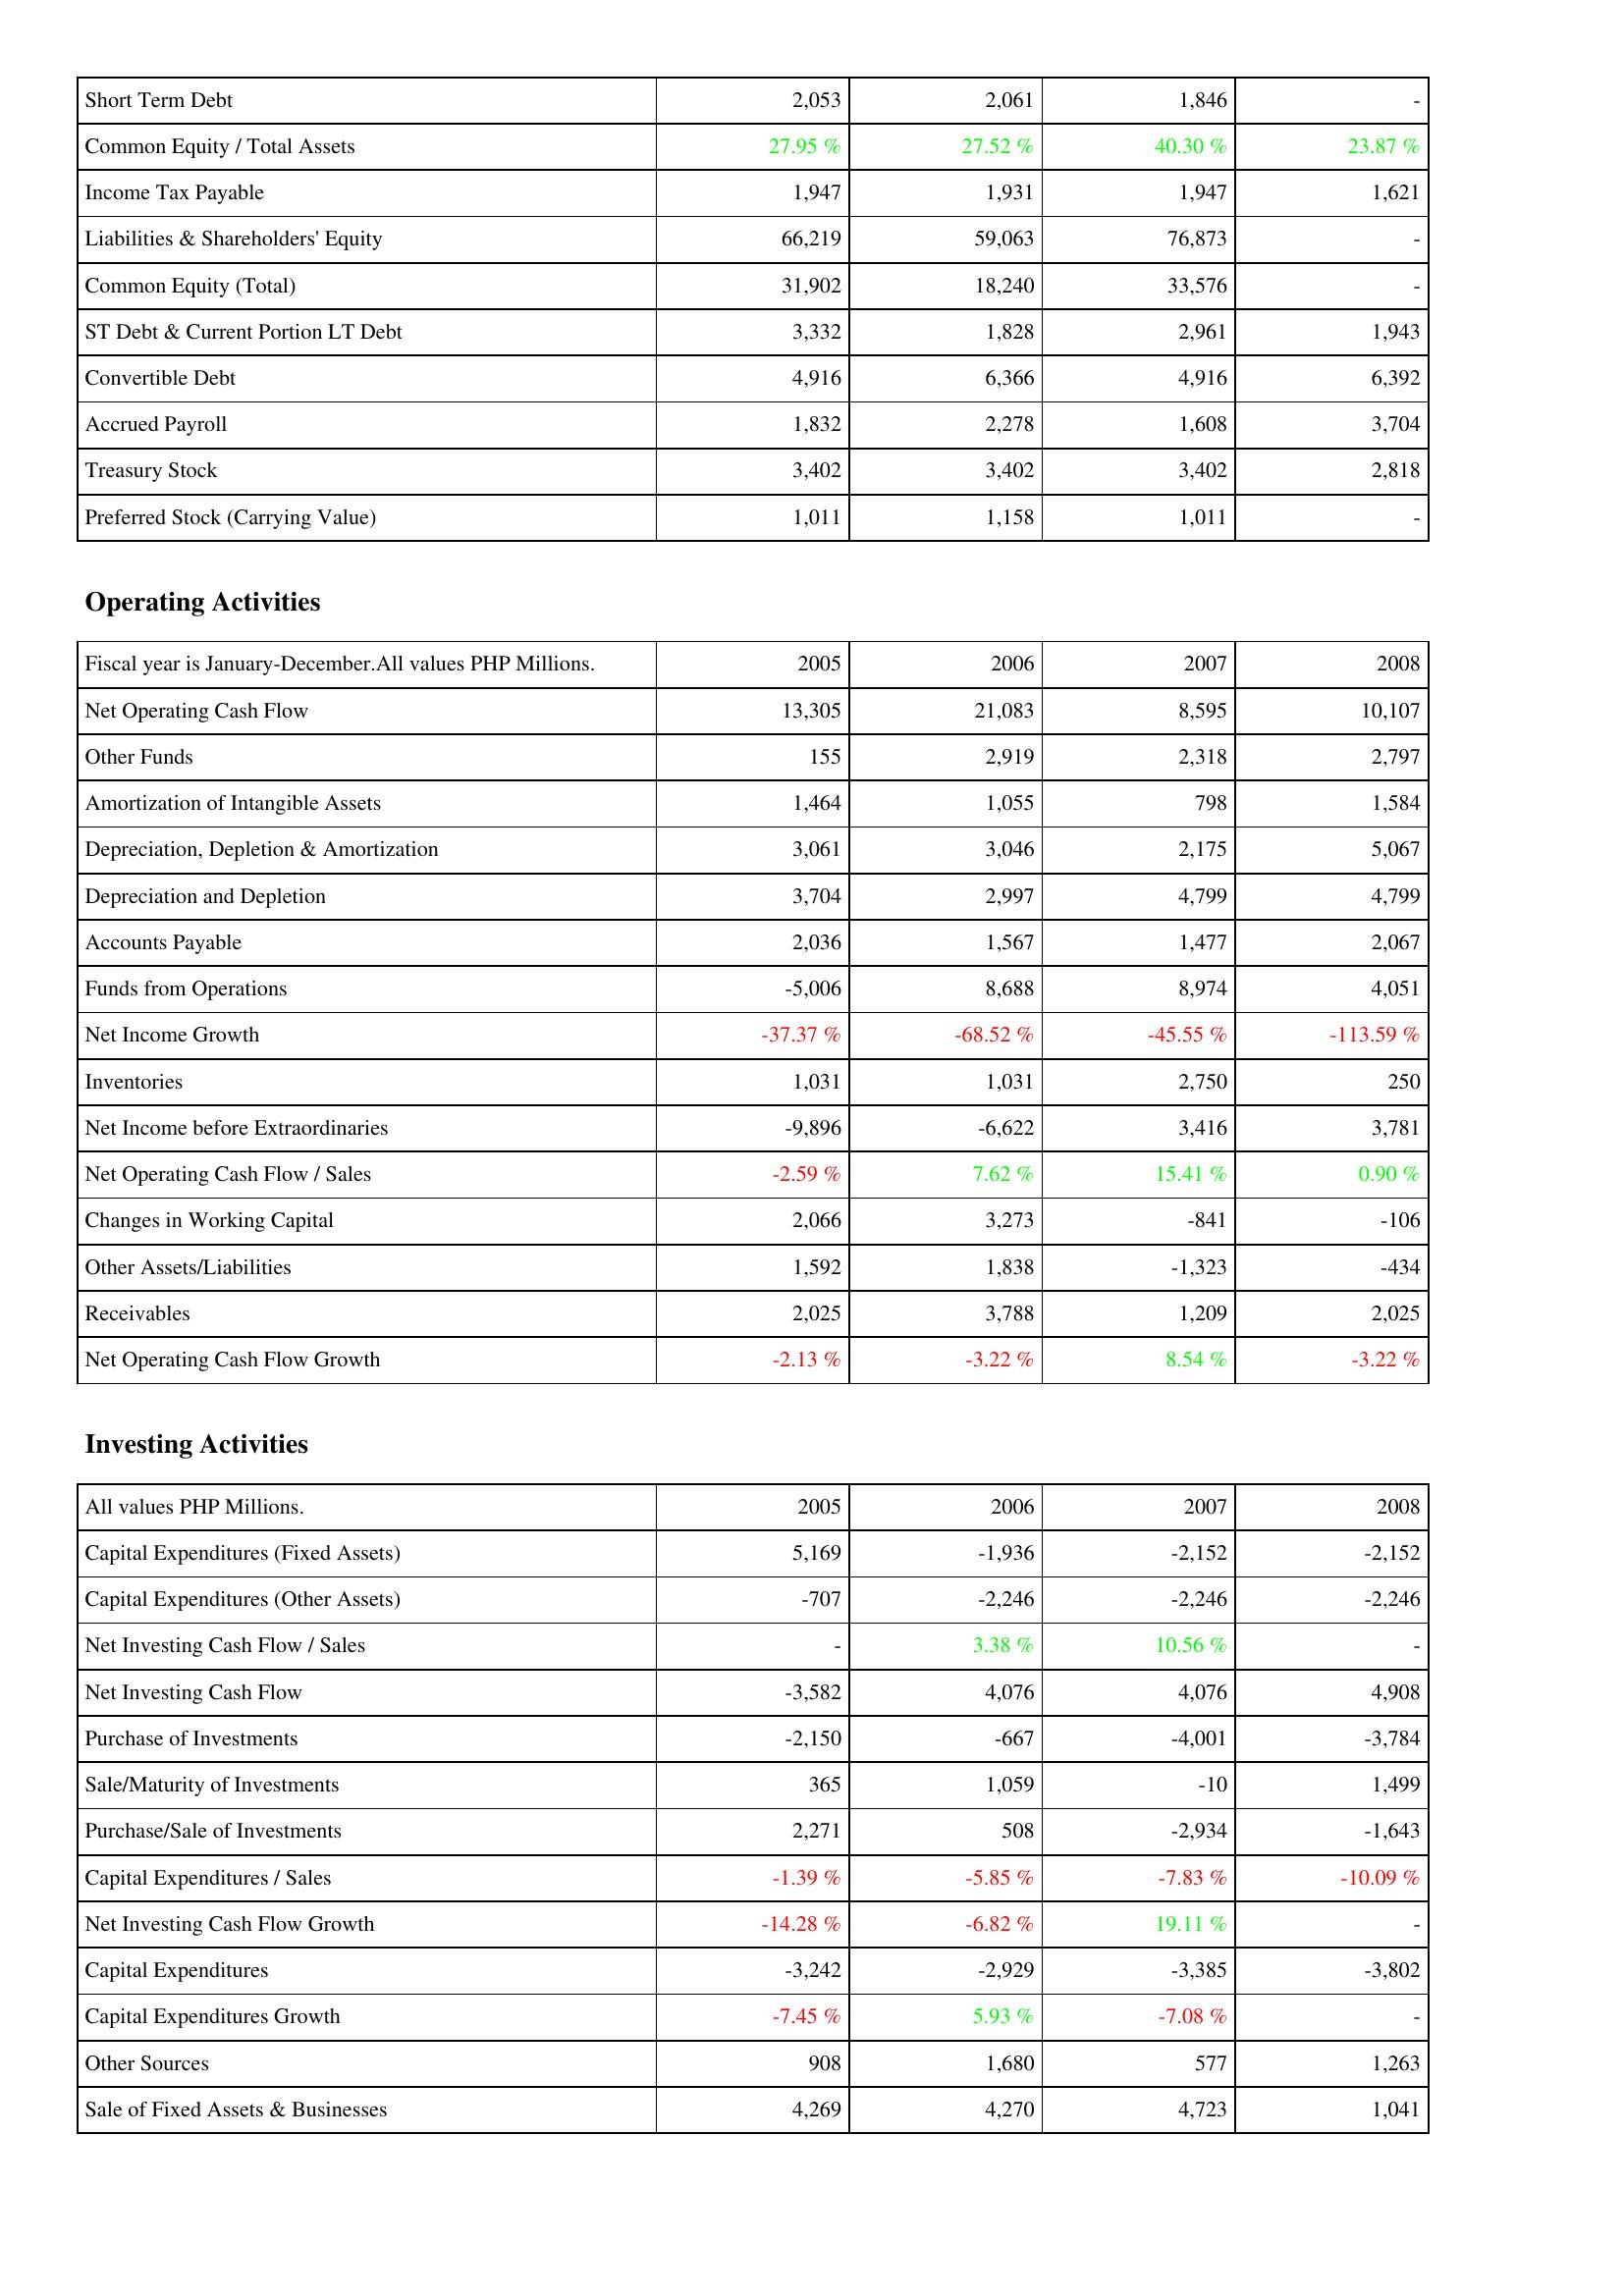
2005: Liabilities & Shareholders' Equity: Short Term Debt: 2,053
Common Equity / Total Assets: 27.95 %
Income Tax Payable: 1,947
Liabilities & Shareholders' Equity: 66,219
Common Equity (Total): 31,902
ST Debt & Current Portion LT Debt: 3,332
Convertible Debt: 4,916
Accrued Payroll: 1,832
Treasury Stock: 3,402
Preferred Stock (Carrying Value): 1,011
Operating Activities: Net Operating Cash Flow: 13,305
Other Funds: 155
Amortization of Intangible Assets: 1,464
Depreciation, Depletion & Amortization: 3,061
Depreciation and Depletion: 3,704
Accounts Payable: 2,036
Funds from Operations: -5,006
Net Income Growth: -37.37 %
Inventories: 1,031
Net Income before Extraordinaries: -9,896
Net Operating Cash Flow / Sales: -2.59 %
Changes in Working Capital: 2,066
Other Assets/Liabilities: 1,592
Receivables: 2,025
Net Operating Cash Flow Growth: -2.13 %
Investing Activities: Capital Expenditures (Fixed Assets): 5,169
Capital Expenditures (Other Assets): -707
Net Investing Cash Flow / Sales: -
Net Investing Cash Flow: -3,582
Purchase of Investments: -2,150
Sale/Maturity of Investments: 365
Purchase/Sale of Investments: 2,271
Capital Expenditures / Sales: -1.39 %
Net Investing Cash Flow Growth: -14.28 %
Capital Expenditures: -3,242
Capital Expenditures Growth: -7.45 %
Other Sources: 908
Sale of Fixed Assets & Businesses: 4,269
2006: Liabilities & Shareholders' Equity: Short Term Debt: 2,061
Common Equity / Total Assets: 27.52 %
Income Tax Payable: 1,931
Liabilities & Shareholders' Equity: 59,063
Common Equity (Total): 18,240
ST Debt & Current Portion LT Debt: 1,828
Convertible Debt: 6,366
Accrued Payroll: 2,278
Treasury Stock: 3,402
Preferred Stock (Carrying Value): 1,158
Operating Activities: Net Operating Cash Flow: 21,083
Other Funds: 2,919
Amortization of Intangible Assets: 1,055
Depreciation, Depletion & Amortization: 3,046
Depreciation and Depletion: 2,997
Accounts Payable: 1,567
Funds from Operations: 8,688
Net Income Growth: -68.52 %
Inventories: 1,031
Net Income before Extraordinaries: -6,622
Net Operating Cash Flow / Sales: 7.62 %
Changes in Working Capital: 3,273
Other Assets/Liabilities: 1,838
Receivables: 3,788
Net Operating Cash Flow Growth: -3.22 %
Investing Activities: Capital Expenditures (Fixed Assets): -1,936
Capital Expenditures (Other Assets): -2,246
Net Investing Cash Flow / Sales: 3.38 %
Net Investing Cash Flow: 4,076
Purchase of Investments: -667
Sale/Maturity of Investments: 1,059
Purchase/Sale of Investments: 508
Capital Expenditures / Sales: -5.85 %
Net Investing Cash Flow Growth: -6.82 %
Capital Expenditures: -2,929
Capital Expenditures Growth: 5.93 %
Other Sources: 1,680
Sale of Fixed Assets & Businesses: 4,270
2007: Liabilities & Shareholders' Equity: Short Term Debt: 1,846
Common Equity / Total Assets: 40.30 %
Income Tax Payable: 1,947
Liabilities & Shareholders' Equity: 76,873
Common Equity (Total): 33,576
ST Debt & Current Portion LT Debt: 2,961
Convertible Debt: 4,916
Accrued Payroll: 1,608
Treasury Stock: 3,402
Preferred Stock (Carrying Value): 1,011
Operating Activities: Net Operating Cash Flow: 8,595
Other Funds: 2,318
Amortization of Intangible Assets: 798
Depreciation, Depletion & Amortization: 2,175
Depreciation and Depletion: 4,799
Accounts Payable: 1,477
Funds from Operations: 8,974
Net Income Growth: -45.55 %
Inventories: 2,750
Net Income before Extraordinaries: 3,416
Net Operating Cash Flow / Sales: 15.41 %
Changes in Working Capital: -841
Other Assets/Liabilities: -1,323
Receivables: 1,209
Net Operating Cash Flow Growth: 8.54 %
Investing Activities: Capital Expenditures (Fixed Assets): -2,152
Capital Expenditures (Other Assets): -2,246
Net Investing Cash Flow / Sales: 10.56 %
Net Investing Cash Flow: 4,076
Purchase of Investments: -4,001
Sale/Maturity of Investments: -10
Purchase/Sale of Investments: -2,934
Capital Expenditures / Sales: -7.83 %
Net Investing Cash Flow Growth: 19.11 %
Capital Expenditures: -3,385
Capital Expenditures Growth: -7.08 %
Other Sources: 577
Sale of Fixed Assets & Businesses: 4,723
2008: Liabilities & Shareholders' Equity: Short Term Debt: -
Common Equity / Total Assets: 23.87 %
Income Tax Payable: 1,621
Liabilities & Shareholders' Equity: -
Common Equity (Total): -
ST Debt & Current Portion LT Debt: 1,943
Convertible Debt: 6,392
Accrued Payroll: 3,704
Treasury Stock: 2,818
Preferred Stock (Carrying Value): -
Operating Activities: Net Operating Cash Flow: 10,107
Other Funds: 2,797
Amortization of Intangible Assets: 1,584
Depreciation, Depletion & Amortization: 5,067
Depreciation and Depletion: 4,799
Accounts Payable: 2,067
Funds from Operations: 4,051
Net Income Growth: -113.59 %
Inventories: 250
Net Income before Extraordinaries: 3,781
Net Operating Cash Flow / Sales: 0.90 %
Changes in Working Capital: -106
Other Assets/Liabilities: -434
Receivables: 2,025
Net Operating Cash Flow Growth: -3.22 %
Investing Activities: Capital Expenditures (Fixed Assets): -2,152
Capital Expenditures (Other Assets): -2,246
Net Investing Cash Flow / Sales: -
Net Investing Cash Flow: 4,908
Purchase of Investments: -3,784
Sale/Maturity of Investments: 1,499
Purchase/Sale of Investments: -1,643
Capital Expenditures / Sales: -10.09 %
Net Investing Cash Flow Growth: -
Capital Expenditures: -3,802
Capital Expenditures Growth: -
Other Sources: 1,263
Sale of Fixed Assets & Businesses: 1,041